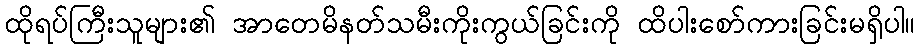
ထိုရပ်ကြီးသူများ၏ အာတေမိနတ်သမီးကိုးကွယ်ခြင်းကို ထိပါးစော်ကားခြင်းမရှိပါ။